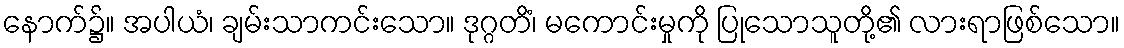
နောက်၌။ အပါယံ၊ ချမ်းသာကင်းသော။ ဒုဂ္ဂတိံ၊ မကောင်းမှုကို ပြုသောသူတို့၏ လားရာဖြစ်သော။